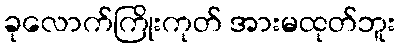
ခုလောက်ကြိုးကုတ် အားမထုတ်ဘူး